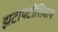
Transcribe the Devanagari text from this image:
झटापटींशिवाय